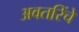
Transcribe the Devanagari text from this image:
अवतरिंचे